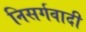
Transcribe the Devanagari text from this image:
निसर्गवादी